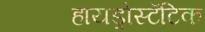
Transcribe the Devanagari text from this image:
हायड्रोस्टॅटिक